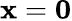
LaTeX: \mathbf{x}=\mathbf{0}